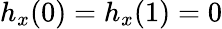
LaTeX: h_{x}(0)=h_{x}(1)=0